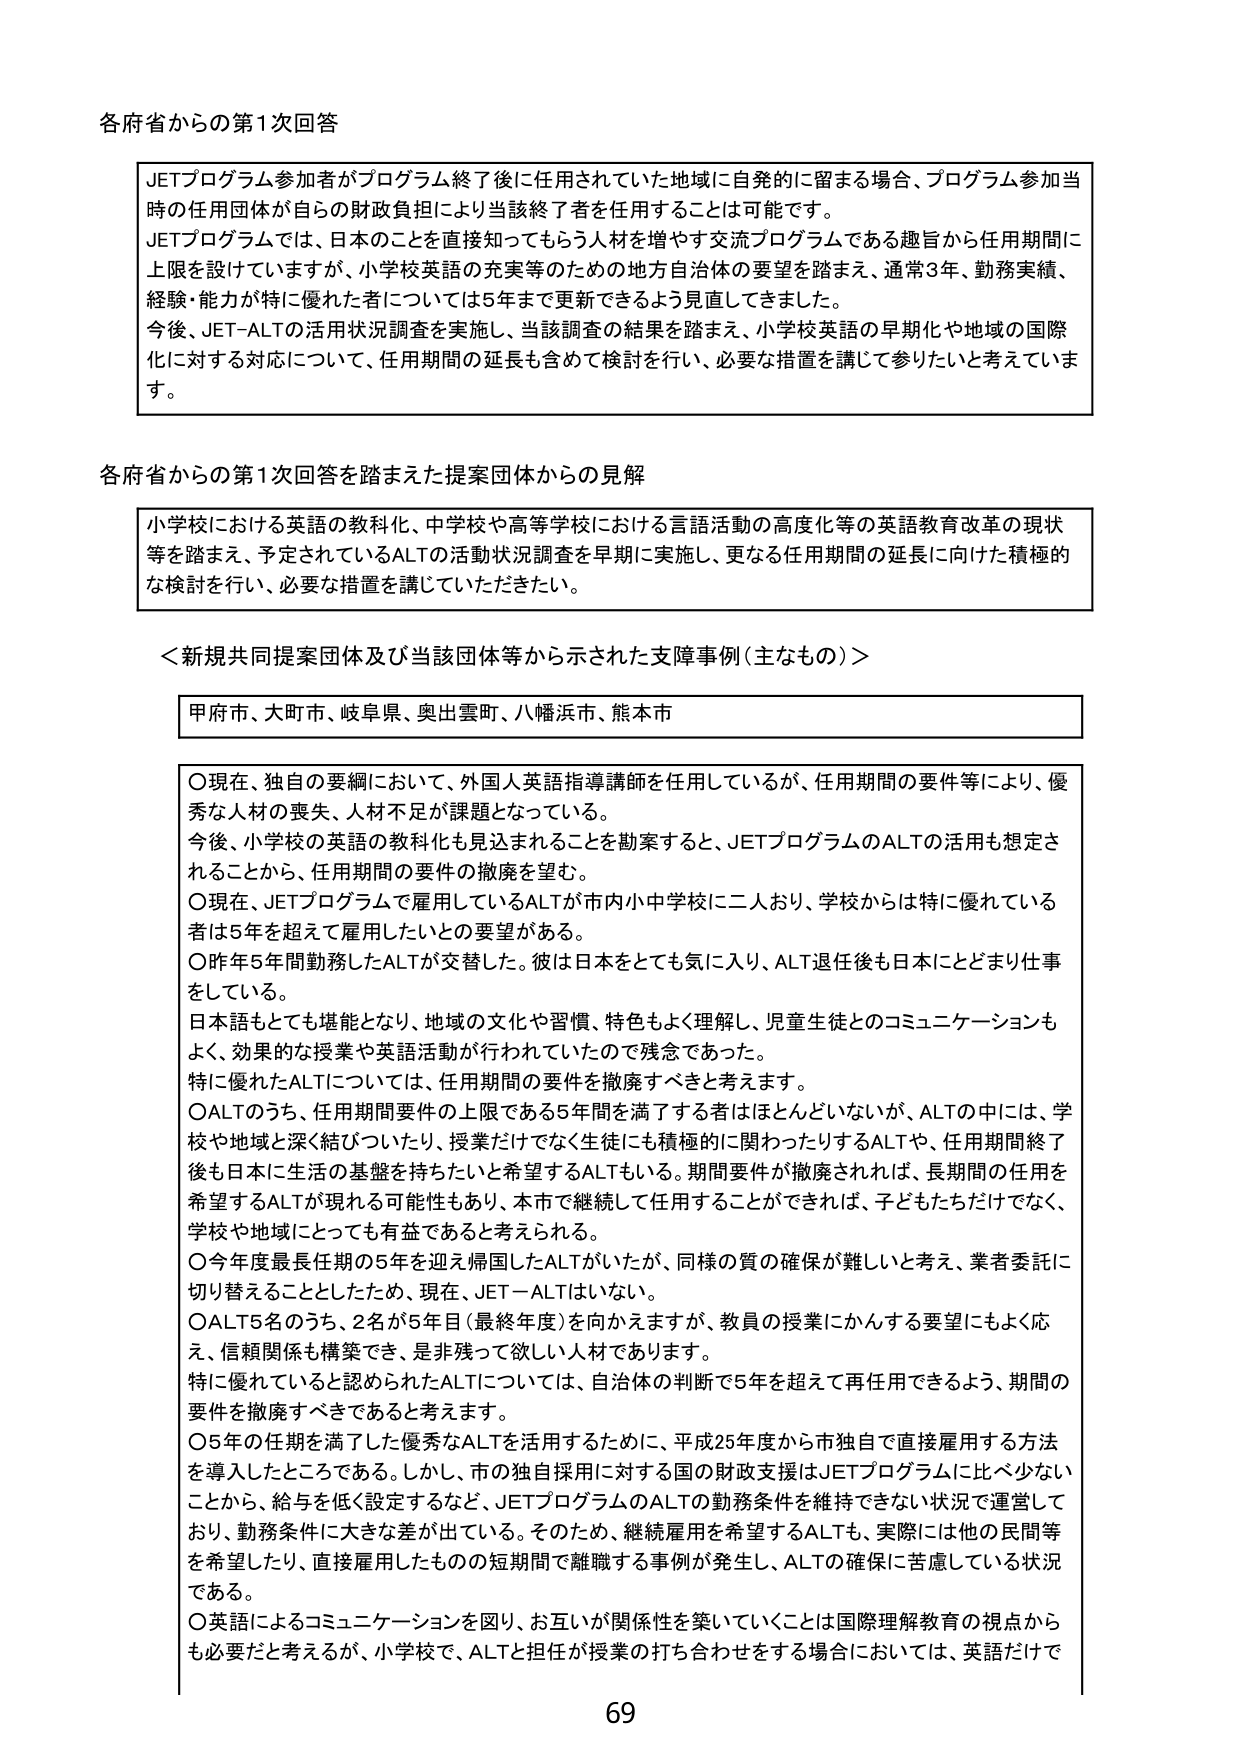
各府省からの第1次回答

JETプログラム参加者がプログラム終了後に任用されていた地域に自発的に留まる場合、プログラム参加当時の任用団体が自らの財政負担により当該終了者を任用することは可能です。
JETプログラムでは、日本のこと直接知ってもらう人材を増やす交流プログラムである趣旨から任用期間に上限を設けていますが、小学校英語の充実等のための地方自治体の要望を踏まえ、通常3年、勤務実績、経験・能力が特に優れた者については5年まで更新できるよう見直してきました。
今後、JET-ALTの活用状況調査を実施し、当該調査の結果を踏まえ、小学校英語の早期化や地域の国際化に対する対応について、任用期間の延長も含めて検討を行い、必要な措置を講じて参りたいと考えています。

各府省からの第1次回答を踏まえた提案団体からの見解

小学校における英語の教科化、中学校や高等学校における言語活動の高度化等の英語教育改革の現状等を踏まえ、予定されているALTの活動状況調査を早期に実施し、更なる任用期間の延長に向けた積極的な検討を行い、必要な措置を講じていただきたい。

＜新規共同提案団体及び当該団体等から示された支援事例（主なもの）＞

甲府市、大町市、岐阜県、奥出雲町、八幡浜市、熊本市

○現在、独自の要綱において、外国人英語指導講師を任用しているが、任用期間の要件等により、優秀な人材の喪失、人材不足が課題となっている。
今後、小学校の英語の教科化も見込まれることを勘案すると、JETプログラムのALTの活用も想定されることから、任用期間の要件の撤廃を望む。
○現在、JETプログラムで雇用しているALTが市内小中学校に二人おり、学校からは特に優れている者は5年を超えて雇用したいとの要望がある。
○昨年5年間勤務したALTが交替した。彼は日本をとても気に入り、ALT退任後も日本にとどまり仕事をしている。
日本語もとても堪能となり、地域の文化や習慣、特色もよく理解し、児童生徒とのコミュニケーションもよく、効果的な授業や英語活動が行われていたので残念であった。
特に優れたALTについては、任用期間の要件を撤廃すべきと考えます。
○ALTのうち、任用期間要件の上限である5年間を満了する者はほとんどないが、ALTの中には、学校や地域と深く結びついたり、授業だけでなく生徒にも積極的に関わったりするALTや、任用期間終了後も日本に生活の基盤を持ちたいと希望するALTもいる。期間要件が撤廃されれば、長期間の任用を希望するALTが現れる可能性もあり、本市で継続して任用することができれば、子どもたちだけでなく、学校や地域にとっても有益であると考えられる。
○今年度最長任期の5年を迎え帰国したALTがいたが、同様の質の確保が難しいと考え、業者委託に切り替えることとしたため、現在、JET－ALTはいない。
○ALT5名のうち、2名が5年目（最終年度）を向かえますが、教員の授業にかんする要望にもよく応え、信頼関係も構築でき、是非残って欲しい人材であります。
特に優れていると認められたALTについては、自治体の判断で5年を超えて再任用できるよう、期間の要件を撤廃すべきであると考えます。
○5年の任期を満了した優秀なALTを活用するために、平成25年度から市独自で直接雇用する方法を導入したところである。しかし、市の独自採用に対する国の財政支援はJETプログラムに比べ少ないことから、給与を低く設定するなど、JETプログラムのALTの勤務条件を維持できない状況で運営しており、勤務条件に大きな差が出ている。そのため、継続雇用を希望するALTも、実際には他の民間等を希望したり、直接雇用したものの短期間で離職する事例が発生し、ALTの確保に苦慮している状況である。
○英語によるコミュニケーションを図り、お互いが関係性を築いていくことは国際理解教育の視点からも必要だと考えるが、小学校で、ALTと担任が授業の打ち合わせをする場合においては、英語だけで

69